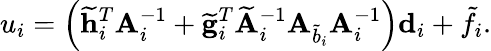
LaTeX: u_{i}=\left(\mathbf{\widetilde{h}}_{i}^{T}\mathbf{A}_{i}^{-1}+\mathbf{\widetilde{g}}_{i}^{T}\mathbf{\widetilde{A}}_{i}^{-1}\mathbf{A}_{\widetilde{b}_{i}}\mathbf{A}_{i}^{-1}\right)\mathbf{d}_{i}+\tilde{f}_{i}.